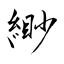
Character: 緲